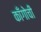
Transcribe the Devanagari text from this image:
काँगोची